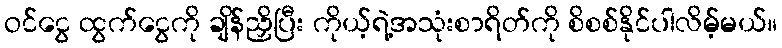
ဝင်ငွေ ထွက်ငွေကို ချိန်ညှိပြီး ကိုယ့်ရဲ့အသုံးစာရိတ်ကို စိစစ်နိုင်ပါလိမ့်မယ်။